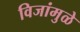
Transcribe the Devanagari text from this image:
विजांमुळे